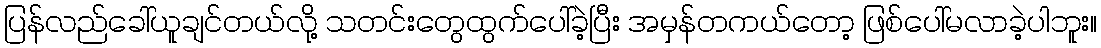
ပြန်လည်ခေါ်ယူချင်တယ်လို့ သတင်းတွေထွက်ပေါ်ခဲ့ပြီး အမှန်တကယ်တော့ ဖြစ်ပေါ်မလာခဲ့ပါဘူး။